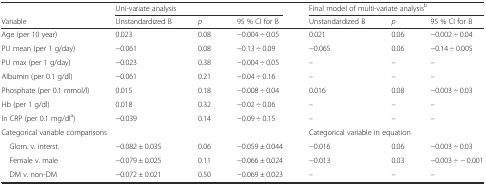
|  | <COLSPAN=3> Uni-variate analysis | <COLSPAN=3> Final model of multi-variate analysisb |
 | Variable | Unstandardized B | p | 95 % CI for B | Unstandardized B | p | 95 % CI for B |
 | --- | --- | --- | --- | --- | --- | --- |
 | Age (per 10 year) | 0.023 | 0.08 | −0.004 ÷ 0.05 | 0.021 | 0.06 | −0.002 ÷ 0.04 |
 | PU mean (per 1 g/day) | −0.061 | 0.08 | −0.13 ÷ 0.09 | −0.065 | 0.06 | −0.14 ÷ 0.005 |
 | PU max (per 1 g/day) | −0.023 | 0.38 | −0.004 ÷ 0.05 | – | – | – |
 | Albumin (per 0.1 g/dl) | −0.061 | 0.21 | −0.04 ÷ 0.16 | – | – | – |
 | Phosphate (per 0.1 mmol/l) | 0.015 | 0.18 | −0.008 ÷ 0.04 | 0.016 | 0.08 | −0.003 ÷ 0.03 |
 | Hb (per 1 g/dl) | 0.018 | 0.32 | −0.02 ÷ 0.06 | – | – | – |
 | ln CRP (per 0.1 mg/dla) | −0.039 | 0.14 | −0.09 ÷ 0.15 | – | – | – |
 | <COLSPAN=4> Categorical variable comparisons | <COLSPAN=3> Categorical variable in equation |
 | Glom. v. interst. | −0.082 ± 0.035 | 0.06 | −0.059 ± 0.044 | −0.016 | 0.06 | −0.003 ÷ 0.03 |
 | Female v. male | −0.079 ± 0.025 | 0.11 | −0.066 ± 0.024 | −0.013 | 0.03 | −0.003 ÷ − 0.001 |
 | DM v. non-DM | −0.072 ± 0.021 | 0.50 | −0.069 ± 0.023 | – | – | – |